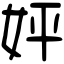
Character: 㛁